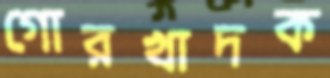
গোরখাদক